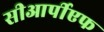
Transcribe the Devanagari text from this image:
सीआर्पीएफ